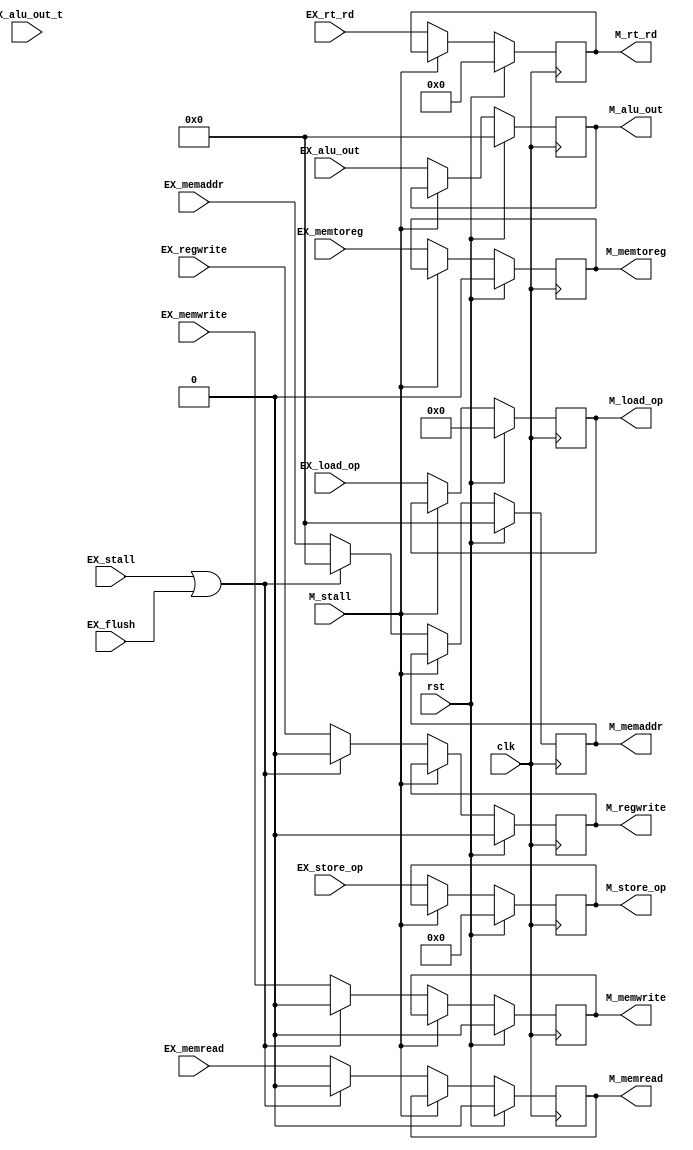
`timescale 1ns / 1ps
//////////////////////////////////////////////////////////////////////////////////
// Company: 
// Engineer: 
// 
// Design Name: 
// Module Name:    EXE_stage 
// Project Name: 
// Target Devices: 
// Tool versions: 
// Description: 
//
// Dependencies: 
//
// Revision: 
// Revision 0.01 - File Created
// Additional Comments: 
//
//////////////////////////////////////////////////////////////////////////////////
module EX_stage(/*AUTOARG*/
    //Inputs
    clk, rst, EX_stall, EX_flush, M_stall, EX_regwrite, 
    EX_memtoreg, EX_memread, EX_memwrite, EX_memaddr, 
    EX_load_op, EX_store_op, EX_alu_out, EX_alu_out_t, 
    EX_rt_rd, 

    //Outputs
    M_regwrite, M_memtoreg, M_memread,
    M_memwrite, M_memaddr, M_load_op,
    M_store_op, M_alu_out, M_rt_rd);
    input   clk;
    input   rst;
    input   EX_stall;
    input   EX_flush;
    input   M_stall;
    input   EX_regwrite;
    input   EX_memtoreg;
    input   EX_memread;
    input   EX_memwrite;
    input   [31:0]  EX_memaddr;
    input   [8:0]   EX_load_op;
    input   [5:0]   EX_store_op;
    input   [31:0]  EX_alu_out;
    input   [31:0]  EX_alu_out_t;
    input   [4:0]   EX_rt_rd;

    output  reg M_regwrite;
    output  reg M_memtoreg;
    output  reg M_memread;
    output  reg M_memwrite;
    output  reg [31:0]  M_memaddr;
    output  reg [8:0]   M_load_op;
    output  reg [5:0]   M_store_op;
    output  reg [31:0]  M_alu_out;
    output  reg [4:0]   M_rt_rd;

    always @(posedge clk) begin
        M_regwrite  <= rst ? 0     : (M_stall ? M_regwrite : ((EX_stall | EX_flush) ? 0 : EX_regwrite));
        M_memtoreg  <= rst ? 0     : (M_stall ? M_memtoreg : EX_memtoreg);
        M_memwrite  <= rst ? 0     : (M_stall ? M_memwrite : ((EX_stall | EX_flush) ? 0 : EX_memwrite));
        M_memread   <= rst ? 0     : (M_stall ? M_memread  : ((EX_stall | EX_flush) ? 0 : EX_memread));
        M_memaddr   <= rst ? 0     : (M_stall ? M_memaddr  : ((EX_stall | EX_flush) ? 0 : EX_memaddr));
        M_load_op   <= rst ? 9'b0  : (M_stall ? M_load_op  : EX_load_op);
        M_store_op  <= rst ? 6'b0  : (M_stall ? M_store_op : EX_store_op);
        M_alu_out   <= rst ? 32'b0 : (M_stall ? M_alu_out  : EX_alu_out);
        M_rt_rd     <= rst ? 5'b0  : (M_stall ? M_rt_rd    : EX_rt_rd);
    end

endmodule